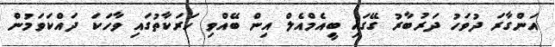
އަންގާރަ ދުވަހު ދަރުބާރު ގޭގައި ބީއެމްއެލް އިން ބޭއްވި ހަރަކާތުގައި ވާހަކަ ދައްކަވަމުން